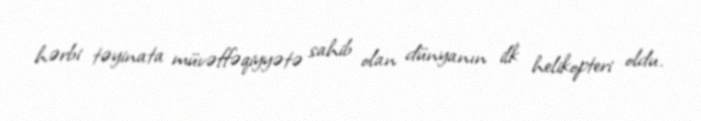
hərbi təyinata müvəffəqiyyətə sahib olan dünyanın ilk helikopteri oldu.